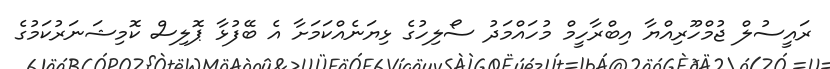
ރައީސުލް ޖުމްހޫރިއްޔާ އިބްރާހީމް މުހައްމަދު ސޯލިހުގެ ޅިޔަނެއްކަމަށާ އެ ބޭފުޅާ ޕޮލިސް ކޮމިޝަނަރުކަމުގެ